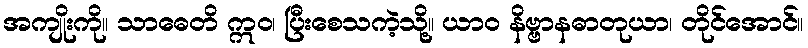
အကျိုးကို။ သာဓေတိ ဣဝ၊ ပြီးစေသကဲ့သို့။ ယာဝ နိဗ္ဗာနဓာတုယာ၊ တိုင်အောင်။